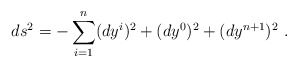
\begin{align*}ds^2=-\sum_{i=1}^n(dy^i)^2+(dy^0)^2+(dy^{n+1})^2~.\end{align*}